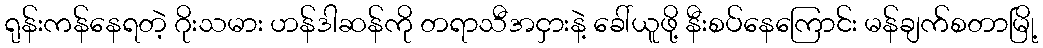
ရုန်းကန်နေရတဲ့ ဂိုးသမား ဟန်ဒါဆန်ကို တရာသီအငှားနဲ့ ခေါ်ယူဖို့ နီးစပ်နေကြောင်း မန်ချက်စတာမြို့